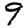
Digit: 9